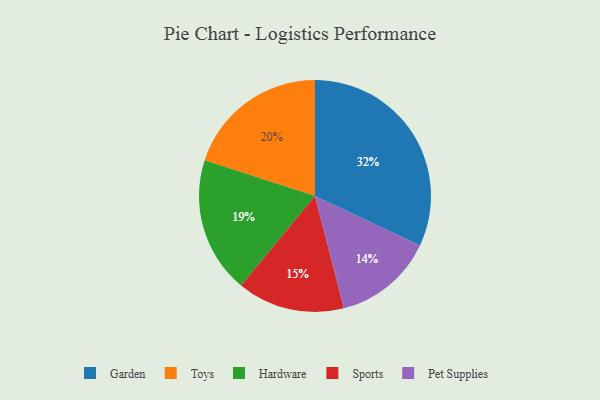
{"axis": {"x": "Category", "y": "Percentage"}, "legend": ["Garden", "Hardware", "Pet Supplies", "Sports", "Toys"], "data": [{"x": "Garden", "y": 32, "type": "Garden"}, {"x": "Toys", "y": 20, "type": "Toys"}, {"x": "Pet Supplies", "y": 14, "type": "Pet Supplies"}, {"x": "Sports", "y": 15, "type": "Sports"}, {"x": "Hardware", "y": 19, "type": "Hardware"}]}